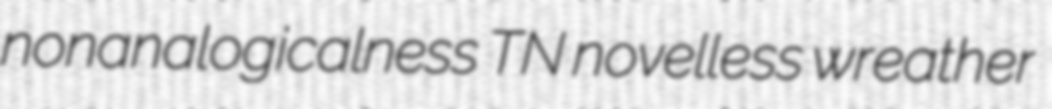
nonanalogicalness TN novelless wreather